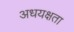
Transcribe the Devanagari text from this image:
अधयक्षता